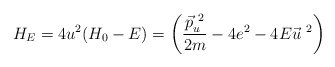
\begin{align*}H_E = 4u^2 (H_0 - E) = \left(\frac{\vec{p}^{ ~2}_u}{2m}- 4e^2 - 4E \vec{u}^{ ~ 2} \right) \end{align*}